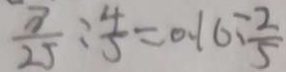
\frac { 8 } { 2 5 } : \frac { 4 } { 5 } = 0 . 1 6 : \frac { 2 } { 5 }